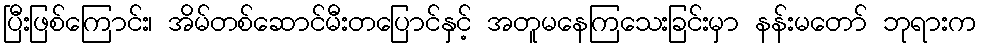
ပြီးဖြစ်ကြောင်း၊ အိမ်တစ်ဆောင်မီးတပြောင်နှင့် အတူမနေကြသေးခြင်းမှာ နန်းမတော် ဘုရားက